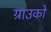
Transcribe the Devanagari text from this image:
ग्राउको